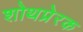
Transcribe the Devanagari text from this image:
शोथप्रेरक